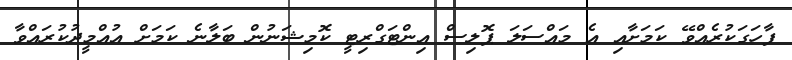
ފާހަގަކުރެއްވޭ ކަމަށާއި އެ މައްސަލަ ޕޮލިސް އިންޓަގްްރިޓީ ކޮމިޝަނުން ބަލާނެ ކަމަށް އުއްމީދުކުރައްވާ